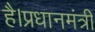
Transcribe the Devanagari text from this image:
है।प्रधानमंत्री